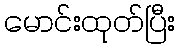
မောင်းထုတ်ပြီး